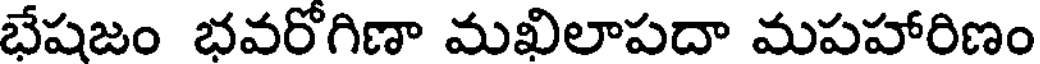
భేషజం భవరోగిణా మఖిలాపదా మపహారిణం